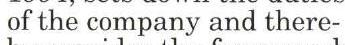
of the company and there-